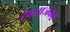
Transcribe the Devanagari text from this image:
टेबलाजवळ